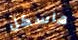
هاسكل